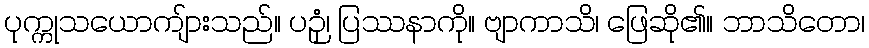
ပုက္ကုသယောကျ်ားသည်။ ပဉှံ၊ ပြဿနာကို။ ဗျာကာသိ၊ ဖြေဆို၏။ ဘာသိတော၊